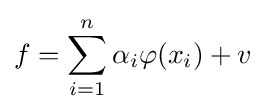
f=\sum _{i=1}^{n}\alpha _{i}\varphi (x_{i})+v